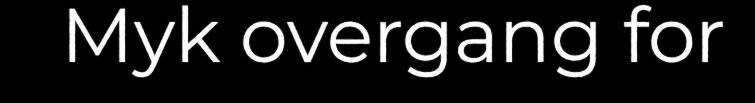
Myk overgang for